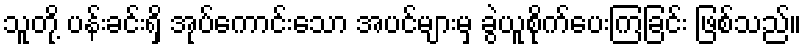
သူတို့ ပန်းခင်းရှိ အုပ်ကောင်းသော အပင်များမှ ခွဲယူစိုက်ပေးကြခြင်း ဖြစ်သည်။